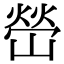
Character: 嵤